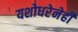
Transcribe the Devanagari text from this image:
यशोधरेनेही